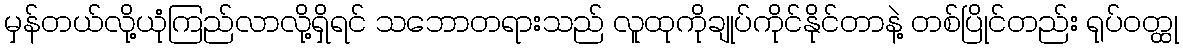
မှန်တယ်လို့ယုံကြည်လာလို့ရှိရင် သဘောတရားသည် လူထုကိုချုပ်ကိုင်နိုင်တာနဲ့ တစ်ပြိုင်တည်း ရုပ်ဝတ္ထု